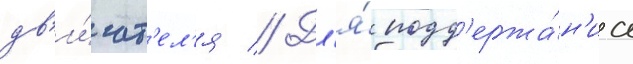
дв'и́гат'ел'я // Дл'я́ подд'ержа́н'иа